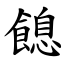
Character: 䭒